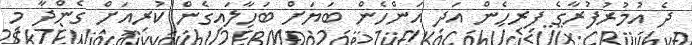
ދެ އުމުރުފުރާގެ ފިރިހެން އަދި އަންހެން ބަޔަށް ބަހާލައިގެން ކުރިއަށް ގެންދާ މި